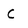
Character: C